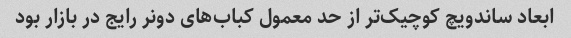
ابعاد ساندویچ کوچیک‌تر از حد معمول کباب‌های دونر رایج در بازار بود